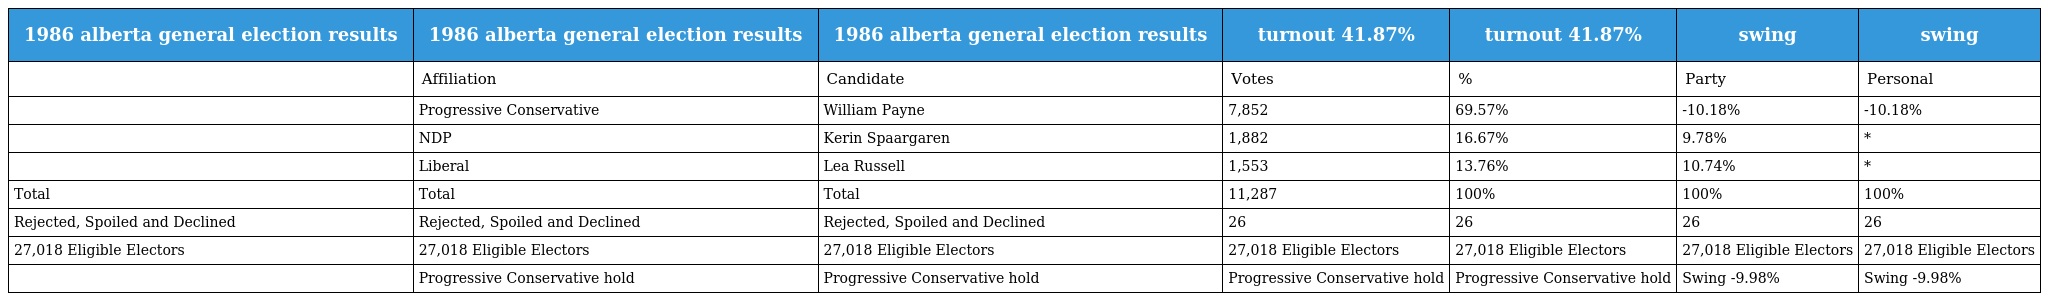
| 1986 alberta general election results | 1986 alberta general election results | 1986 alberta general election results | turnout 41.87% | turnout 41.87% | swing | swing |
 | --- | --- | --- | --- | --- | --- | --- |
 |  | Affiliation | Candidate | Votes | % | Party | Personal |
 |  | Progressive Conservative | William Payne | 7,852 | 69.57% | -10.18% | -10.18% |
 |  | NDP | Kerin Spaargaren | 1,882 | 16.67% | 9.78% | * |
 |  | Liberal | Lea Russell | 1,553 | 13.76% | 10.74% | * |
 | Total | Total | Total | 11,287 | 100% | 100% | 100% |
 | Rejected, Spoiled and Declined | Rejected, Spoiled and Declined | Rejected, Spoiled and Declined | 26 | 26 | 26 | 26 |
 | 27,018 Eligible Electors | 27,018 Eligible Electors | 27,018 Eligible Electors | 27,018 Eligible Electors | 27,018 Eligible Electors | 27,018 Eligible Electors | 27,018 Eligible Electors |
 |  | Progressive Conservative hold | Progressive Conservative hold | Progressive Conservative hold | Progressive Conservative hold | Swing -9.98% | Swing -9.98% |